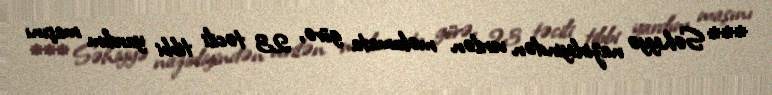
*** Səhiyyə nazirliyindən verilən məlumata görə, 23 təcili tibbi yardım maşını